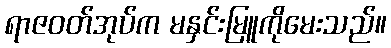
ရာဇဝတ်အုပ်က မနှင်းမြူကိုမေးသည်။